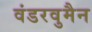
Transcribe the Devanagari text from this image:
वंडरवुमैन